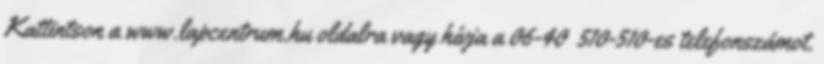
Kattintson a www.lapcentrum.hu oldalra vagy hívja a 06-40 510-510-es telefonszámot.